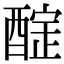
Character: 𨢃